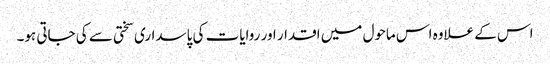
اس کے علاوہ اس ماحول میں اقدار اور روایات کی پاسداری سختی سے کی جاتی ہو۔